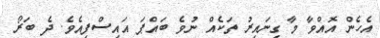
އެހެން އޮއްވާ މާ ގިނައިރު ތަކެއް ނުވެ ބައްޕަ އައިސްފިއެވެ. ދެ ބަރޯ